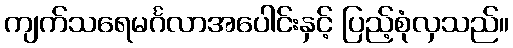
ကျက်သရေမင်္ဂလာအပေါင်းနှင့် ပြည့်စုံလှသည်။